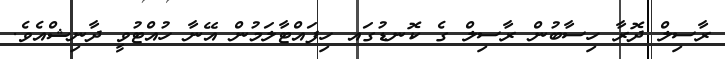
ރާސިލް ދޮރާ ހިސާބުން ރާސިލް ގެ ކޮނޑުގައ ހިފައްޓާލަމުން އޭނާ ހުއްޓުވީ ދާނިޝްއެވެ.